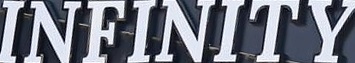
INFINITY